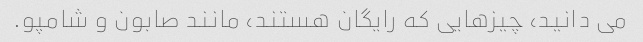
می دانید، چیزهایی که رایگان هستند، مانند صابون و شامپو.